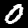
Label: 0